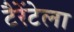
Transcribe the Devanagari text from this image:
टैरेंटेला